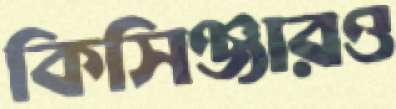
কিসিঞ্জারও